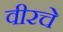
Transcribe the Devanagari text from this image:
वीरचे